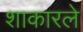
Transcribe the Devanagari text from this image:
शाकारले